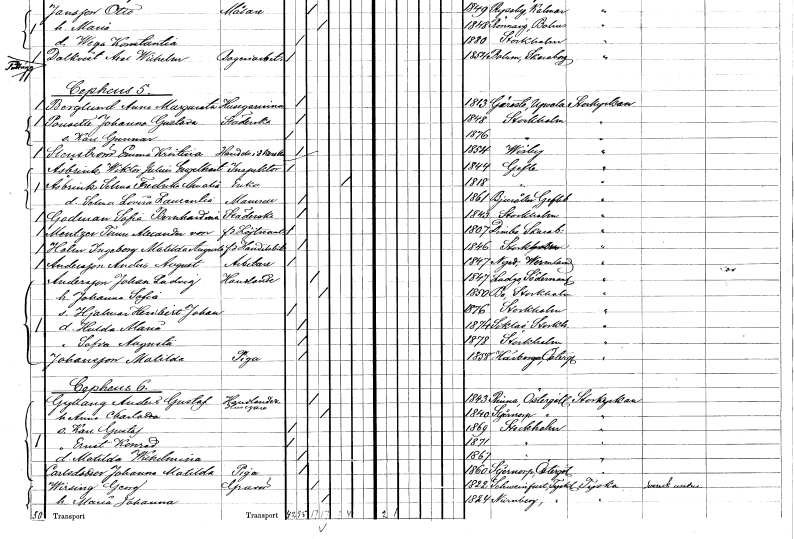
gt_parse: households: individuals: FN: Johanna Gustava
EN: Pousette
YRKE: Städerska
KON: K
CIV: O
FODAR: 1848
FODFORS: Stockholm
FN: Karl Gunnar
KON: M
CIV: O
FODAR: 1876
FODFORS: Stockholm
FN: Emma Kristina
EN: Stenström
YRKE: Handelsidkerska
KON: K
CIV: O
FODAR: 1854
FODFORS: Visby Gotlands län
FN: Wiktor Julius Engelbert
EN: Åsbrink
YRKE: Inspektor
KON: M
CIV: O
FODAR: 1844
FODFORS: Gävle Gävleborgs län
FN: Selma Fredrika Amalia
EN: Åsbrink
YRKE: Änka
KON: K
CIV: E
FODAR: 1818
FODFORS: Gävle Gävleborgs län
FN: Selma Lovisa Laurentia
KON: K
CIV: O
FODAR: 1861
FODFORS: Bjuråker Gävleborgs län
FN: Sofia Bernhardina
EN: Godman
YRKE: Städerska
KON: K
CIV: O
FODAR: 1843
FODFORS: Stockholm
FN: Ture Alexander
EN: von Mentzer
YRKE: Löjtnant f.d.
KON: M
CIV: O
FODAR: 1807
FODFORS: Dimbo Skaraborgs län
FN: Ingeborg Matilda Augusta
EN: Holm
YRKE: Handelsbiträde f.d.
KON: K
CIV: O
FODAR: 1846
FODFORS: Stockholm
FN: Anders August
EN: Andersson
YRKE: Arbetare
KON: M
CIV: O
FODAR: 1847
FODFORS: Nyed Värmlands län
FN: Johan Ludvig
EN: Andersson
YRKE: Handlande
KON: M
CIV: G
FODAR: 1847
FODFORS: Ludgo Södermanlands län
FN: Johanna Sofia
KON: K
CIV: G
FODAR: 1850
FODFORS: Bo Stockholms län
FN: Hjalmar Heribert Johan
KON: M
CIV: O
FODAR: 1876
FODFORS: Stockholm
FN: Hulda Maria
KON: K
CIV: O
FODAR: 1874
FODFORS: Sicklaö Stockholms län
FN: Sofia Augusta
KON: K
CIV: O
FODAR: 1878
FODFORS: Stockholm
FN: Matilda
EN: Johansson
YRKE: Piga
KON: K
CIV: O
FODAR: 1858
FODFORS: Härberga Östergötlands län
FN: Anders Gustaf
EN: Gyllang
YRKE: Handlande Husägare
KON: M
CIV: G
FODAR: 1843
FODFORS: Rinna Östergötlands län
FN: Anna Charlotta
KON: K
CIV: G
FODAR: 1840
FODFORS: Stjärnorp Östergötlands län
FN: Karl Gustaf
KON: M
CIV: O
FODAR: 1869
FODFORS: Stockholm
FN: Ernst Konrad
KON: M
CIV: O
FODAR: 1871
FODFORS: Stockholm
FN: Matilda Wilhelmina
KON: K
CIV: O
FODAR: 1867
FODFORS: Stockholm
FN: Johanna Matilda
EN: Carlsdotter
YRKE: Piga
KON: K
CIV: O
FODAR: 1860
FODFORS: Stjärnorp Östergötlands län
FN: Georg
EN: Wirsing
YRKE: Gravör
KON: M
CIV: G
FODAR: 1822
FN: Maria Johanna
KON: K
CIV: G
FODAR: 1824